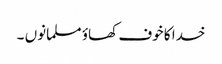
خدا کا خوف کھاؤ مسلمانوں ۔